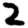
Digit: 2